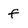
Character: f